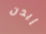
إيدن